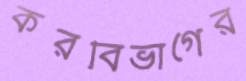
করবিভাগের